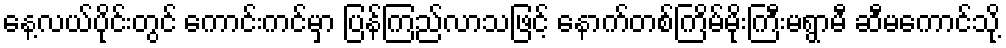
နေ့လယ်ပိုင်းတွင် ကောင်းကင်မှာ ပြန်ကြည်လာသဖြင့် နောက်တစ်ကြိမ်မိုးကြီးမရွာမီ ဆီမကောင်သို့